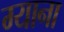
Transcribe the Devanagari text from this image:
ग्याना